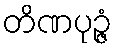
တိဏပုဉ္ဇံ